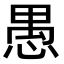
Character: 愚